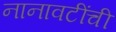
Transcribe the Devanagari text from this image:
नानावटींची